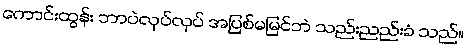
ကောင်းထွန်း ဘာပဲလုပ်လုပ် အပြစ်မမြင်ဘဲ သည်းညည်းခံ သည်။